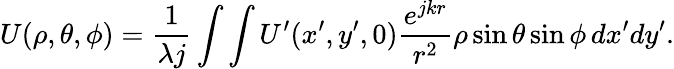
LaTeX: U(\rho,\theta,\phi)=\frac{1}{\lambda j}\int\int U^{\prime}(x^{\prime},y^{\prime},0)\frac{e^{jkr}}{r^{2}}\rho\sin{\theta}\sin{\phi}\, dx^{\prime}dy^{\prime}.